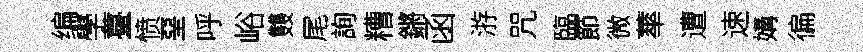
编學薹愤堊呼峪䨇尾詢糟鏘函㳺咒臨節微蕐遭速媾徧